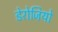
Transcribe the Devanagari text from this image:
डेरोजियो